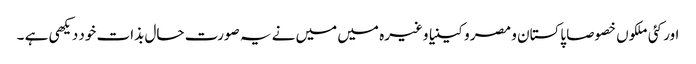
اور کئی ملکوں خصوصا پاکستان و مصر و کینیا وغیرہ میں میں نے یہ صورت حال بذات خود دیکھی ہے ۔